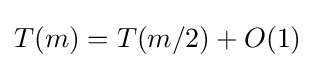
T(m)=T(m/2)+O(1)